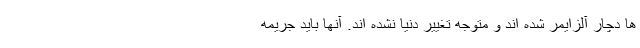
ها دچار آلزایمر شده اند و متوجه تغییر دنیا نشده اند. آنها باید جریمه